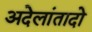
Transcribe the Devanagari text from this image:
अदेलांतादो